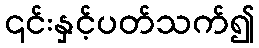
၎င်းနှင့်ပတ်သက်၍